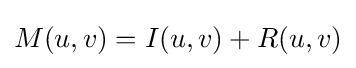
M(u,v)=I(u,v)+R(u,v)